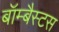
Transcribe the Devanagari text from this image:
बॉम्बैस्टस